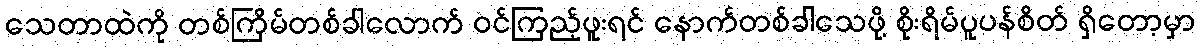
သေတာထဲကို တစ်ကြိမ်တစ်ခါလောက် ဝင်ကြည့်ဖူးရင် နောက်တစ်ခါသေဖို့ စိုးရိမ်ပူပန်စိတ် ရှိတော့မှာ